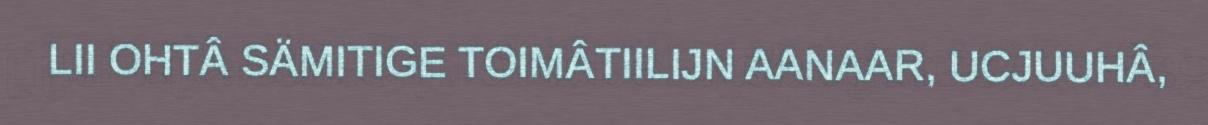
LII OHTÂ SÄMITIGE TOIMÂTIILIJN AANAAR, UCJUUHÂ,